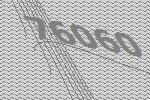
76060